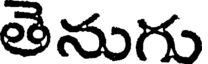
తెనుగు